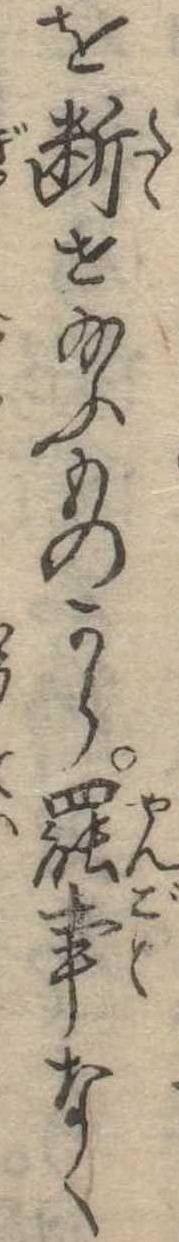
を断せ給ふものから罷事なく